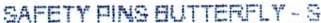
SAFETY PINS BUTTERFLY - S